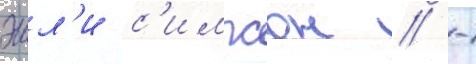
эшл'и с'импсон / -